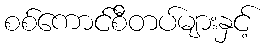
စစ်ကောင်စီတပ်များနှင့်